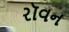
રૉવન